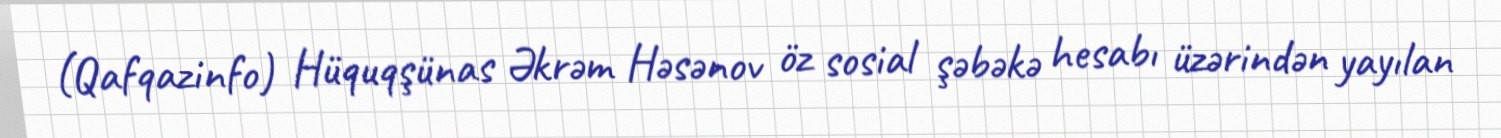
(Qafqazinfo) Hüquqşünas Əkrəm Həsənov öz sosial şəbəkə hesabı üzərindən yayılan